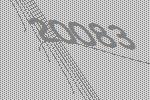
20083